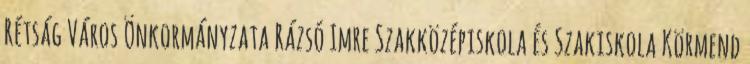
Rétság Város Önkormányzata Rázsó Imre Szakközépiskola és Szakiskola Körmend